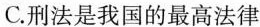
C. 刑法是我国的最高法律